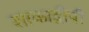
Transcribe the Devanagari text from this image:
शाकाद्वीपी